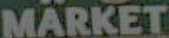
MARKET